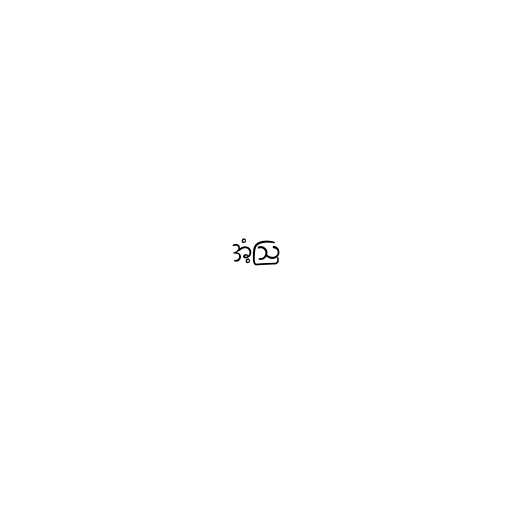
အံ့ဩ